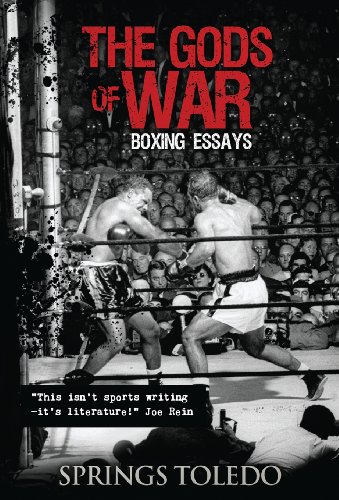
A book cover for The Gods of War; Springs Toledo; Sports & Outdoors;